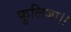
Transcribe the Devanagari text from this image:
फुलिजा।।